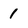
Character: 1